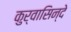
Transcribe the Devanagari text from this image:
कुर्वासिन्दे